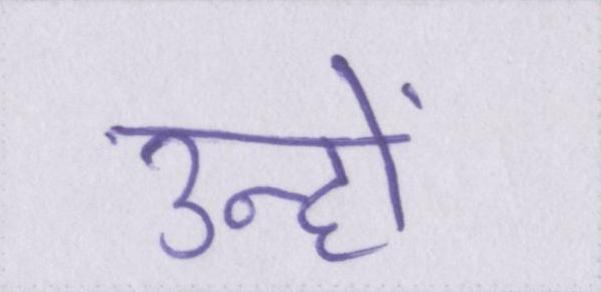
उन्हों